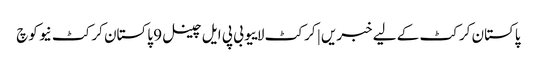
پاکستان کرکٹ کے لیے خبریں | کرکٹ لاییو بی پی ایل چینل 9 پاکستان کرکٹ نیو کوچ